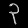
Digit: ၃